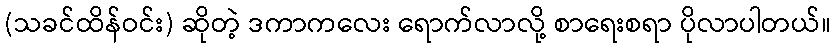
(သခင်ထိန်ဝင်း) ဆိုတဲ့ ဒကာကလေး ရောက်လာလို့ စာရေးစရာ ပိုလာပါတယ်။